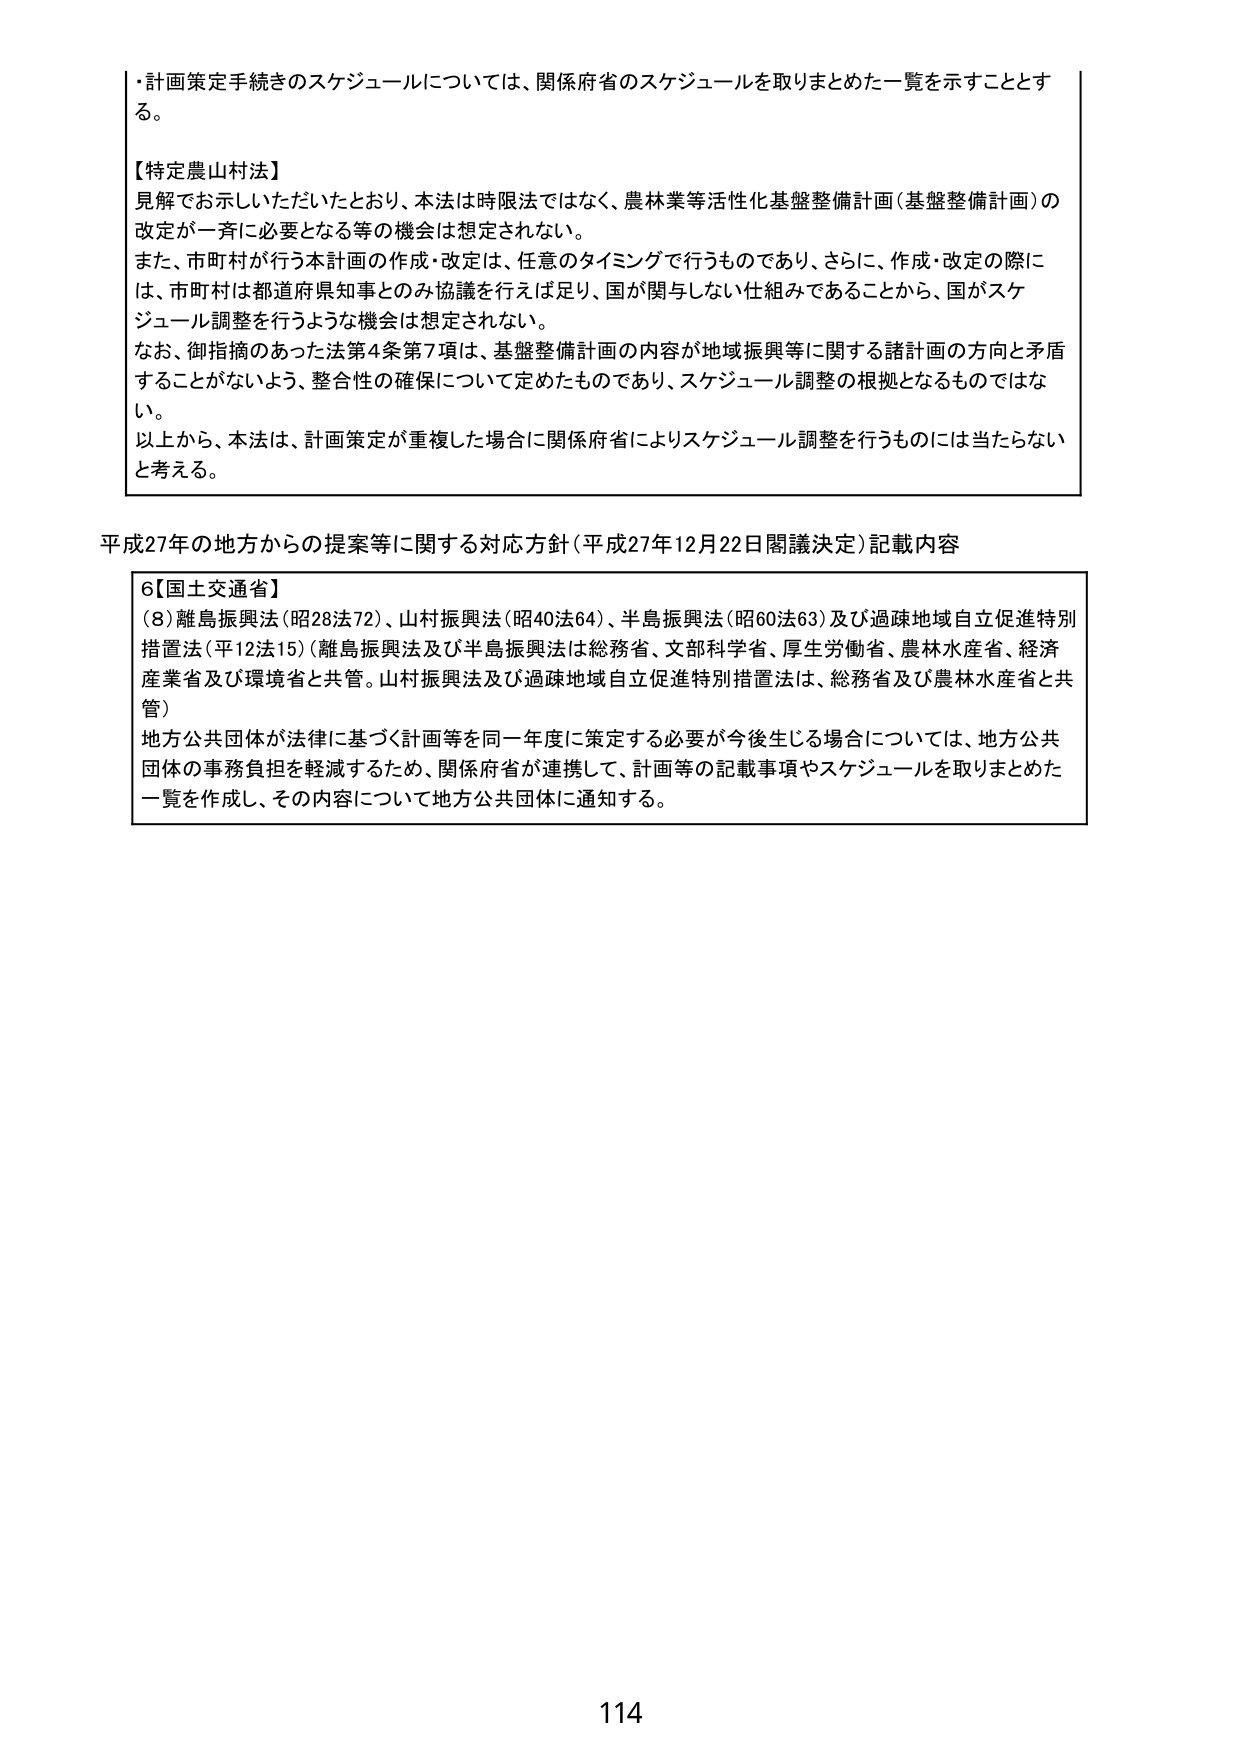
・計画策定手続きのスケジュールについては、関係府省のスケジュールを取りまとめた一覧を示すこととする。

【特定農山村法】
見解でお示しいただいたとおり、本法は時限法ではなく、農林業等活性化基盤整備計画（基盤整備計画）の改定が一斉に必要となる等の機会は想定されない。
また、市町村が行う本計画の作成・改定は、任意のタイミングで行うものであり、さらに、作成・改定の際には、市町村は都道府県知事とのみ協議を行えば足り、国が関与しない仕組みであることから、国がスケジュール調整を行うような機会は想定されない。
なお、御指摘のあった法第4条第7項は、基盤整備計画の内容が地域振興等に関する諸計画の方向と矛盾することががないよう、整合性の確保について定めたものであり、スケジュール調整の根拠となるものではない。
以上から、本法は、計画策定が重複した場合に関係府省によりスケジュール調整を行うものには当たらないと考える。

平成27年の地方からの提案等に関する対応方針（平成27年12月22日閣議決定）記載内容

6【国土交通省】
（8）離島振興法（昭28法72）、山村振興法（昭40法64）、半島振興法（昭60法63）及び過疎地域自立促進特別措置法（平12法15）（離島振興法及び半島振興法は総務省、文部科学省、厚生労働省、農林水産省、経済産業省及び環境省と共管。山村振興法及び過疎地域自立促進特別措置法は、総務省及び農林水産省と共管）
地方公共団体が法律に基づく計画等を同一年度に策定する必要が今後生じる場合については、地方公共団体の事務負担を軽減するため、関係府省が連携して、計画等の記載事項やスケジュールを取りまとめた一覧を作成し、その内容について地方公共団体に通知する。

114